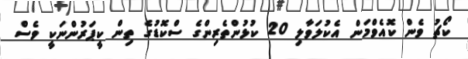
ކޯޗު ވެން ކޮއެވްމަން އެކުލަވާލި 20 ކުޅުންތެރިންގެ ސްކޮޑުގެ ތިން ކީޕަރުންނަކީ ވެސް